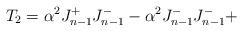
LaTeX: \begin{align*} T_2 = \alpha ^2 J^+_{n-1} J^-_{n-1} - \alpha ^2 J^-_{n-1} J^-_{n-1} +\end{align*}